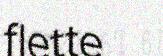
flette